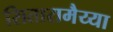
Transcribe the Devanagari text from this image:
सितारामैय्या